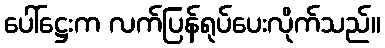
ပေါ်ဋ္ဌေးက လက်ပြန်ရုပ်ပေးလိုက်သည်။